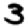
Digit: 3